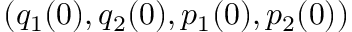
( q _ { 1 } ( 0 ) , q _ { 2 } ( 0 ) , p _ { 1 } ( 0 ) , p _ { 2 } ( 0 ) )